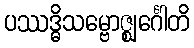
ပဿဒ္ဓိသမ္ဗောဇ္ဈင်္ဂေါတိ